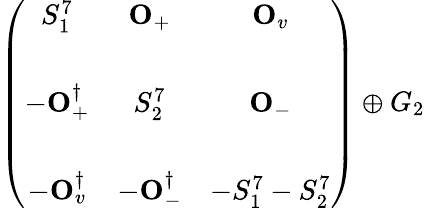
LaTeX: \left(\begin{array}{ccc}{{S_{1}^{7}}}&{{{\mathbf O}_{+}}}&{{{\mathbf O}_{v}}}\\ {{}}&{{}}&{{}}\\ {{-{\mathbf O}_{+}^{\dagger}}}&{{S_{2}^{7}}}&{{{\mathbf O}_{-}}}\\ {{}}&{{}}&{{}}\\ {{-{\mathbf O}_{v}^{\dagger}}}&{{-{\mathbf O}_{-}^{\dagger}}}&{{-S_{1}^{7}-S_{2}^{7}}}\end{array}\right)\oplus G_{2}